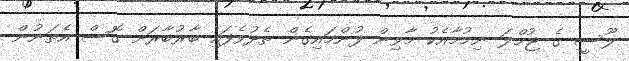
ލޫސީ ގެ ޖުމްލަ ނިމުމާއެކު މާވިން ފުންމައިގެން ތެދުވެފައި ބާރުބާރަށް ގޮސް އެތަނުން